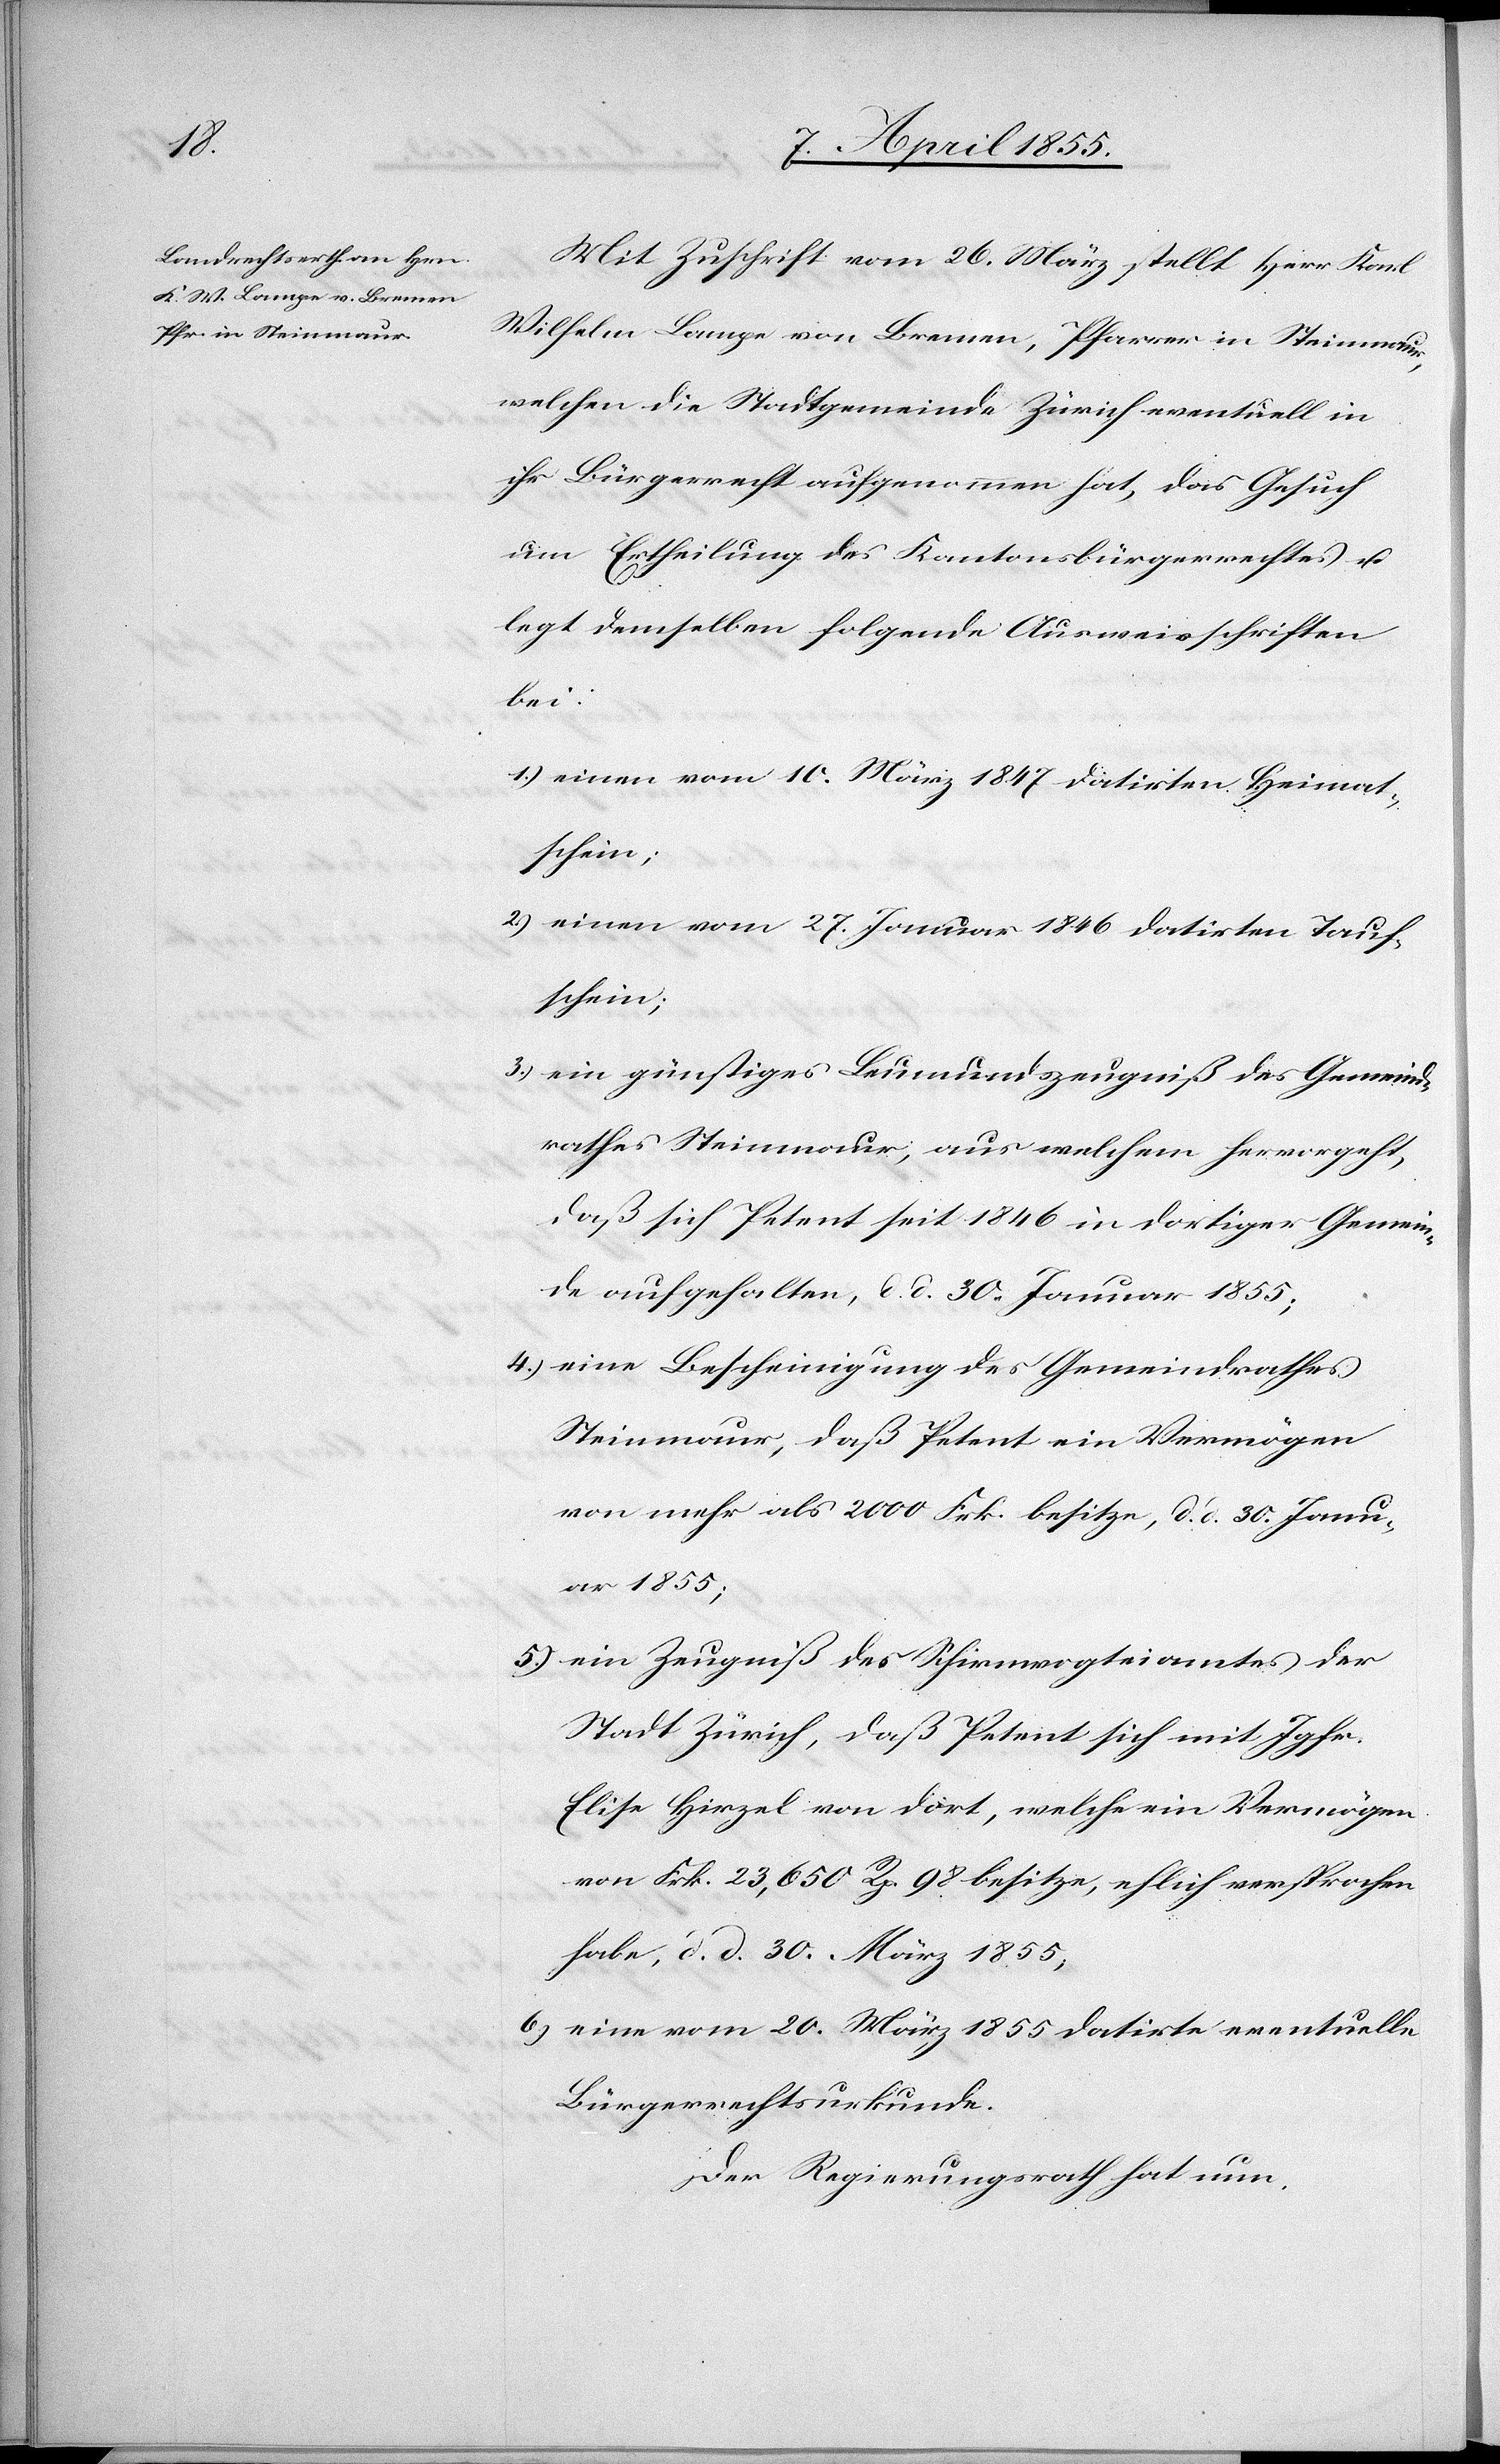
Mit Zuschrift vom 26. März stellt Herr Karl
Wilhelm Lampe von Bremen, Pfarrer in Steinmaur,
welchen die Stadtgemeinde Zürich eventuell in
ihr Bürgerrecht aufgenommen hat, das Gesuch
um Ertheilung des Kantonsbürgerrechtes u.
legt demselben folgende Ausweisschriften
bei:
einen vom 10. März 1847 datirten Heimat¬
schein;
einen vom 27. Januar 1846 datirten Tauf¬
schein;
ein günstiges Leumundszeugniß des Gemeind¬
rathes Steinmaur, aus welchem hervorgeht,
daß sich Petent seit 1846 in dortiger Gemein¬
de aufgehalten, d. d. 30. Januar 1855;
eine Bescheinigung des Gemeindrathes
Steinmaur, daß Petent ein Vermögen
von mehr als 2000 Frk. besitze, d. d. 30. Janu¬
ar 1855;
ein Zeugniß des Schirmvogteiamtes der
Stadt Zürich, daß Petent sich mit Jgfr.
Elise Hirzel von dort, welche ein Vermögen
von Frk. 23,650 Rp. 98 besitze, ehlich versprochen
habe, d. d. 30. März 1855;
eine vom 20. März 1855 datirte eventuelle
Bürgerrechtsurkunde.
Der Regierungsrath hat nun,